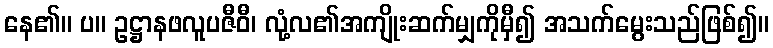
နေ၏။ ပ။ ဥဋ္ဌာနဖလူပဇီဝီ၊ လုံ့လ၏အကျိုးဆက်မျှကိုမှီ၍ အသက်မွေးသည်ဖြစ်၍။